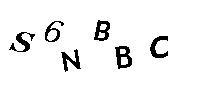
S6NBBC